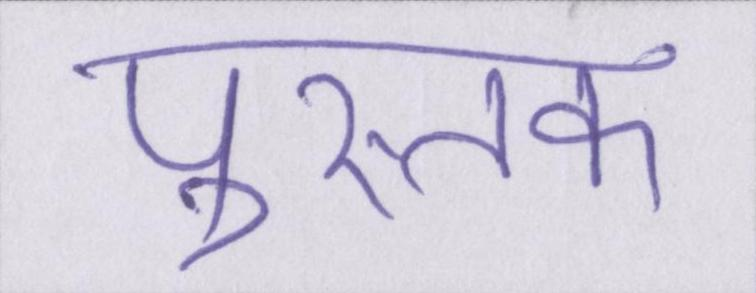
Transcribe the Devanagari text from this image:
पुस्तक